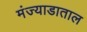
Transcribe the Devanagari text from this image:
मंज्याडाताल